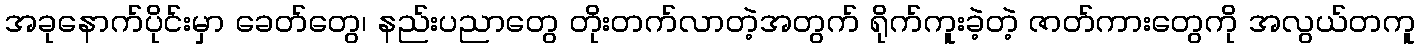
အခုနောက်ပိုင်းမှာ ခေတ်တွေ၊ နည်းပညာတွေ တိုးတက်လာတဲ့အတွက် ရိုက်ကူးခဲ့တဲ့ ဇာတ်ကားတွေကို အလွယ်တကူ